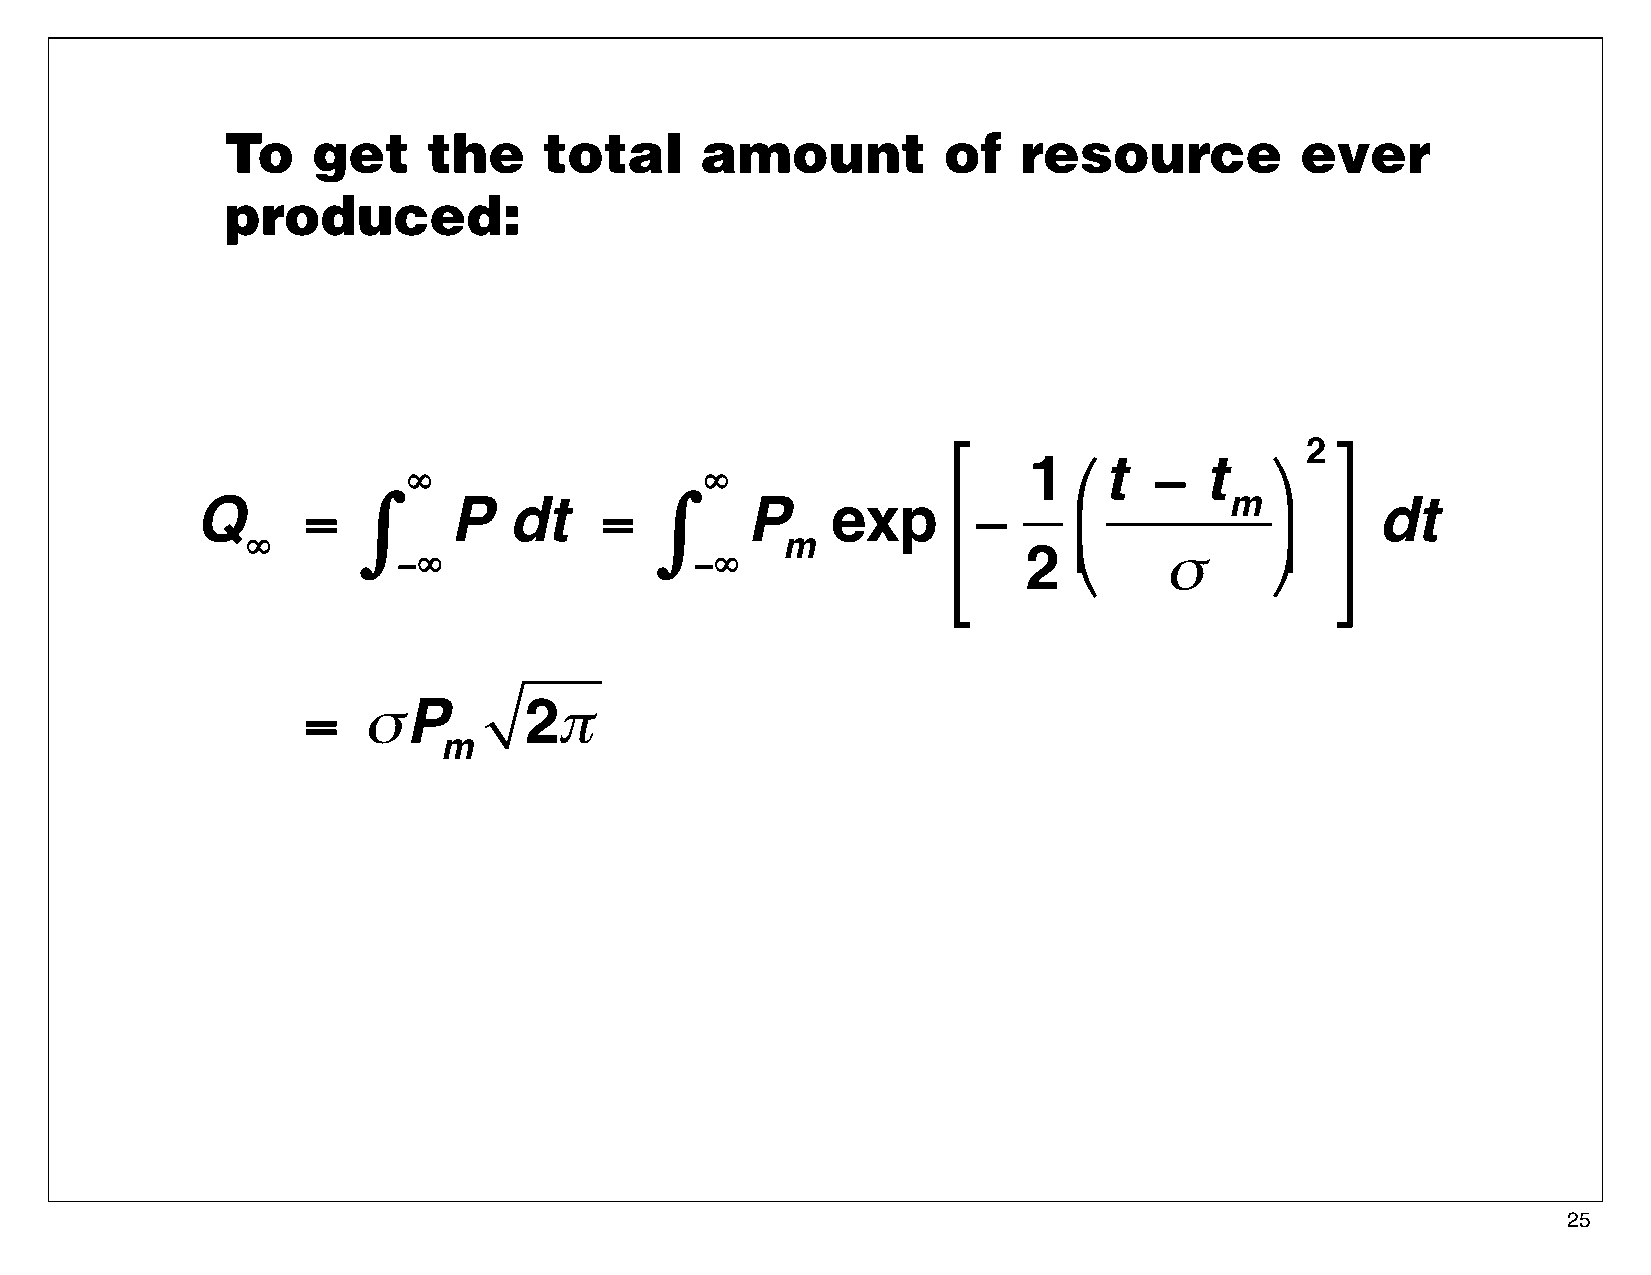
To    get    the     total     amount          of   resource           ever
 produced:
 2
 ⎡                       ⎤
 1  ⎛ t −   t   ⎞
 ∞                   ∞
 Q      =   ∫     P   dt    =   ∫    P     exp      −                m         dt
 ⎢                       ⎥
 ⎜           ⎟
 ∞                                   m
 −∞                  −∞                    2  ⎝    σ      ⎠
 ⎢                       ⎥
 ⎣                       ⎦
 =   σP         2π
 m
 25